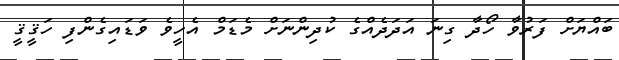
ބައްޔަށް ފަރުވާ ހޯދާ ގިނަ އަދަދެއްގެ ކުދިންނަށް މެޑަމް އެހީވެ ވަޑައިގެންފި ހަޤީޤީ